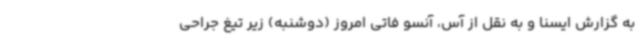
به گزارش ایسنا و به نقل از آس، آنسو فاتی امروز (دوشنبه) زیر تیغ جراحی